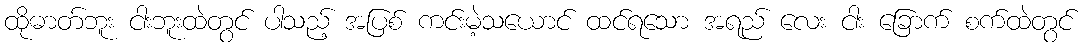
ထိုဓာတ်ဘူး ငါးဘူးထဲတွင် ပါသည့် အပြစ် ကင်းမဲ့သယောင် ထင်ရသော အရည် လေး ငါး ခြောက် စက်ထဲတွင်